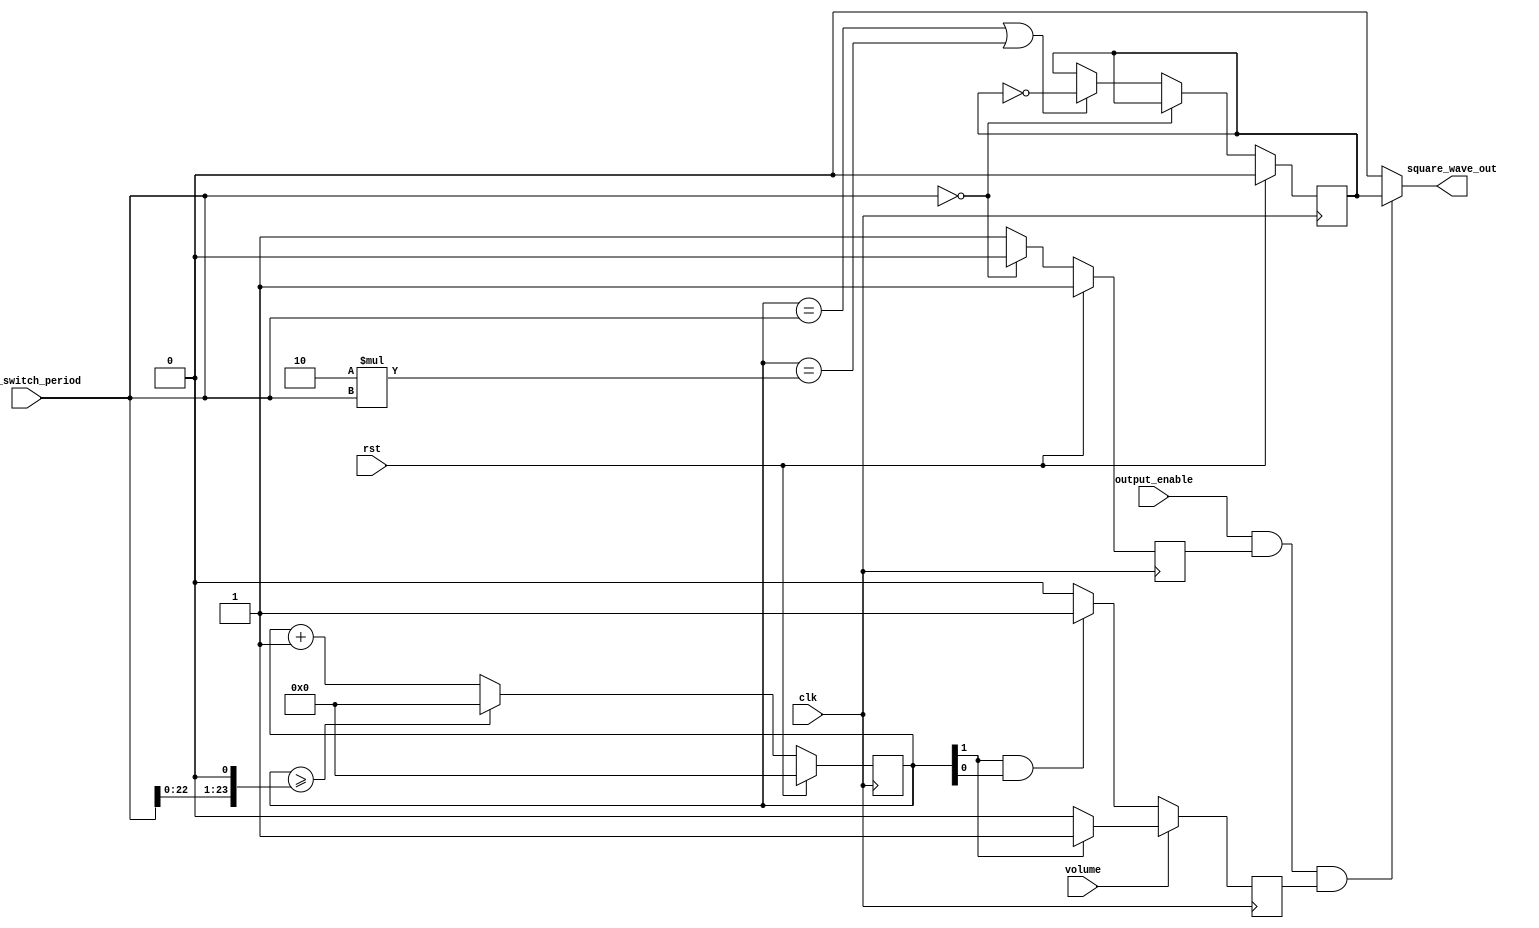
`timescale 1ns/1ns
module tone_generator (
    input clk,
    input rst,
    input output_enable,
    input [23:0] tone_switch_period,
    input volume,
    output square_wave_out
);
    // TODO: copy your solution from lab3 here
    reg [23:0] counter;
    reg out;
    reg pwm; // for duty cycle
    reg in_good;

    always @(posedge clk) begin
        if (rst) begin
            counter <= 24'd0;
            out <= 0;
            in_good <= 1;
        end
        else begin
            if (counter >= (tone_switch_period << 1))
                counter <= 0;
            else
                counter <= counter + 1;
            if (tone_switch_period == 0)
                in_good <= 0;
            else begin
                in_good <= 1;
                if (counter == tone_switch_period || counter == 2 * tone_switch_period)
                    out <= ~out;
                else
                    out <= out;
            end
        end
    end

    // pulse width modulation
    //volume = 1, duty cycle = 50%
    //volume = 0, duty cycle = 25%
    always @(posedge clk) begin
        
        if (volume == 1)
            if (counter[1] == 1)
                pwm <= 1;
            else
                pwm <= 0;
        else
            if (counter[1] == 1 && counter[0] == 1)
                pwm <= 1;
            else
                pwm <= 0;
    end
    assign square_wave_out = (output_enable && in_good && pwm) ? out : 1'b0;
endmodule